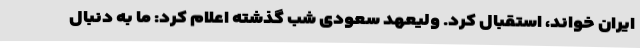
ایران خواند، استقبال کرد. ولیعهد سعودی شب گذشته اعلام کرد: ما به دنبال